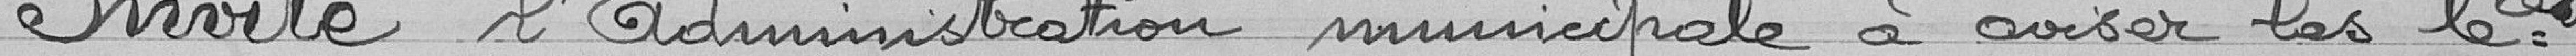
Invite l'administration municipale à aviser les compagnies